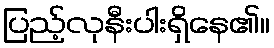
ပြည့်လုနီးပါးရှိနေ၏။